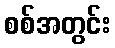
စစ်အတွင်း